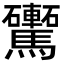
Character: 𩧕